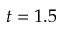
t = 1 . 5